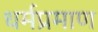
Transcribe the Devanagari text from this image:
धर्मप्रमाण